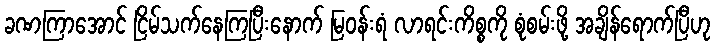
ခဏကြာအောင် ငြိမ်သက်နေကြပြီးနောက် မြဝန်းရံ လာရင်းကိစ္စကို စုံစမ်းဖို့ အချိန်ရောက်ပြီဟု